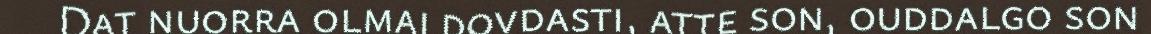
Dat nuorra olmai dovdasti, atte son, ouddalgo son